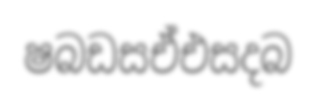
ෂබඩසඒඑසදබ